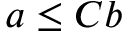
a \leq C b